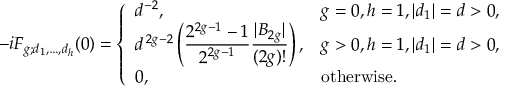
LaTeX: - i F _ { g ; d _ { 1 } , \ldots , d _ { h } } ( 0 ) = \left\{ \begin{array} { l l } { { { d ^ { - 2 } } , } } & { { g = 0 , h = 1 , | d _ { 1 } | = d > 0 , } } \\ { { \displaystyle d ^ { \, 2 g - 2 } \left( { \frac { 2 ^ { 2 g - 1 } - 1 } { 2 ^ { 2 g - 1 } } } { \frac { | B _ { 2 g } | } { ( 2 g ) ! } } \right) , } } & { { g > 0 , h = 1 , | d _ { 1 } | = d > 0 , } } \\ { { 0 , } } & { { \mathrm { o t h e r w i s e } . } } \end{array} \right.